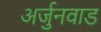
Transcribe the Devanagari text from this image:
अर्जुनवाड